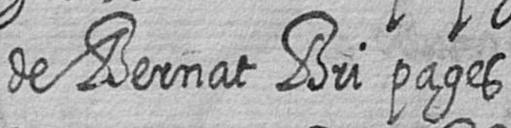
de Bernat Bri pages